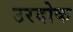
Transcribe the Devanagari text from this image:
उरदोक